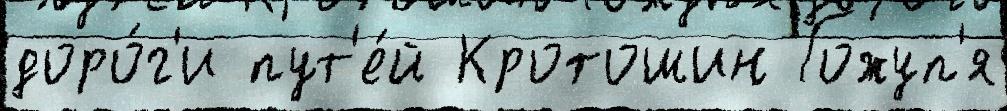
доро́г'и пут'е́й Кротошин Гожуп'я